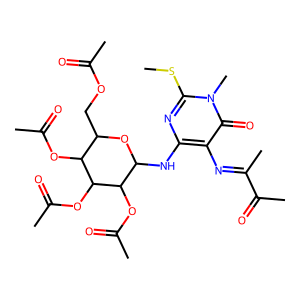
SMILES: CSc1nc(NC2OC(COC(C)=O)C(OC(C)=O)C(OC(C)=O)C2OC(C)=O)c(N=C(C)C(C)=O)c(=O)n1C
Inhibits HIV replication: No